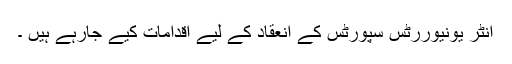
انٹر یونیوررٹس سپورٹس کے انعقاد کے لیے اقدامات کیے جارہے ہیں ۔